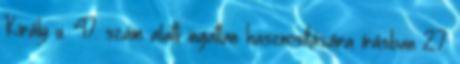
Király u. 47. szám alatti ingatlan hasznosítására írásban 27.